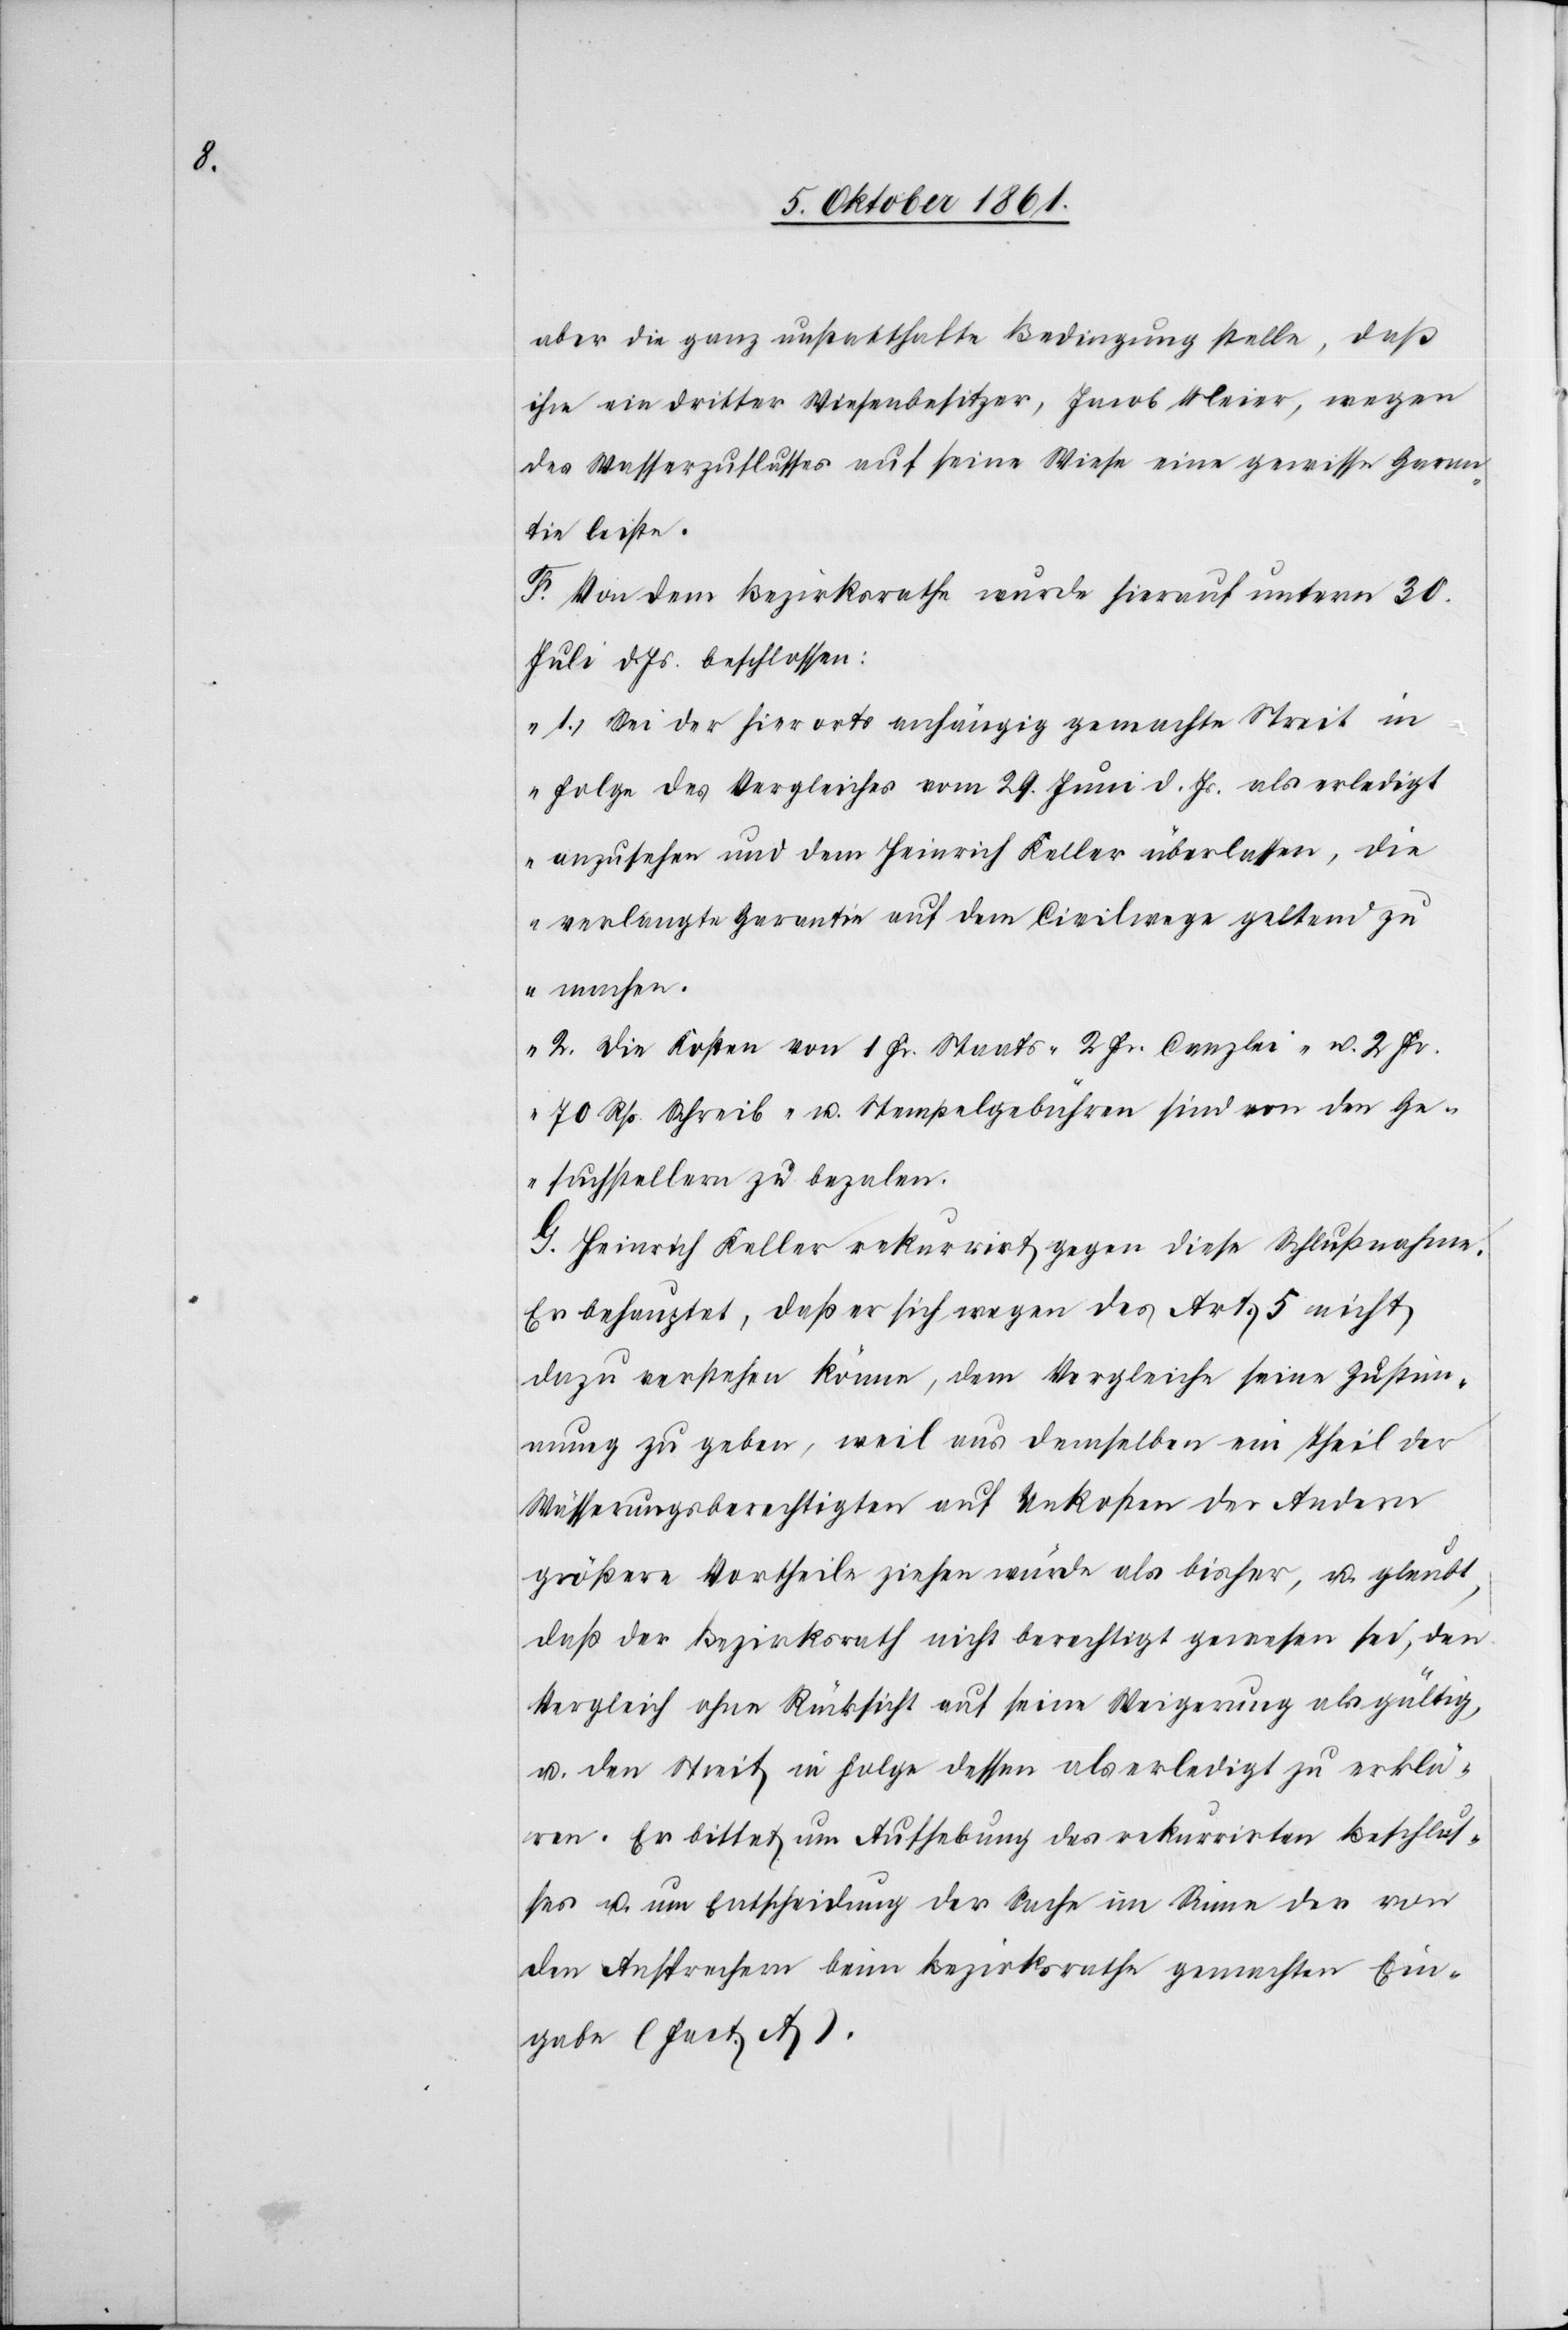
aber die ganz unstatthafte Bedingung stelle, daß
ihm ein dritter Wiesenbesitzer, Jacob Meier, wegen
des Wasserzuflusses auf seine Wiese eine gewisse Garan¬
tie leiste.
F. Von dem Bezirksrathe wurde hierauf unterm 30
Juli d. Js. beschlossen:
„1.) Sei der hierorts anhängig gemacht Streit in
Folge des Vergleiches vom 29 Juni d. Js. als erledigt
anzusehen und dem Heinrich Keller überlassen, die
verlangte Garantie auf dem Civilwege geltend zu
machen.“
2. Die Kosten von 1 Fr. Staats[-,] 2 Fr. Canzlei- u. 2 Fr.
70 Rp. Schreib- u. Stempelgebühren sind von den Ge¬
suchstellern zu bezalen.
G. Heinrich Keller rekurrirt gegen diese Schlußnahme.
Er behauptet, daß er sich wegen des Art. 5 nicht
dazu verstehen könne, dem Vergleiche seine Zustim¬
mung zu geben, weil aus demselben ein Theil der
Wässerungsberechtigten auf Unkosten der Andern
größere Vortheile ziehen würde als bisher, u. glaubt,
daß der Bezirksrath nicht berechtigt gewesen sei, den
Vergleich ohne Rücksicht auf seine Weigerung als gültig,
u. den Streit in Folge dessen als erledigt zu erklä¬
ren. Er bittet um Aufhebung des rekurrirten Beschlus¬
ses u. um Entscheidung der Sache im Sinne der von
den Ansprechern beim Bezirksrathe gemachten Ein¬
gabe (Fact. A).